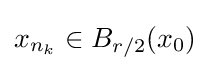
x_{n_{k}}\in B_{r/2}(x_{0})